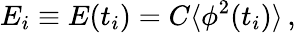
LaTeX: E_{i}\equiv E(t_{i})=C\langle\phi^{2}(t_{i})\rangle\, ,